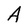
Character: A